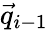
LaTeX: \vec{q}_{i-1}